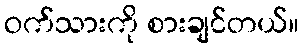
ဝက်သားကို စားချင်တယ်။